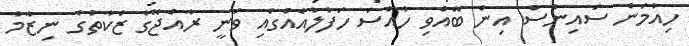
ހިއުމަން ސައިންސް އިން ބޭއްވި ހާއްސަ ހަފްލާއެއްގައި ވަނީ ރާއްޖޭގެ ޒަކާތުގެ ނިޒާމާ